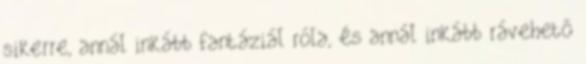
sikerre, annál inkább fantáziál róla, és annál inkább rávehető